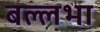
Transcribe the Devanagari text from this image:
बल्लभा